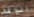
الواقف